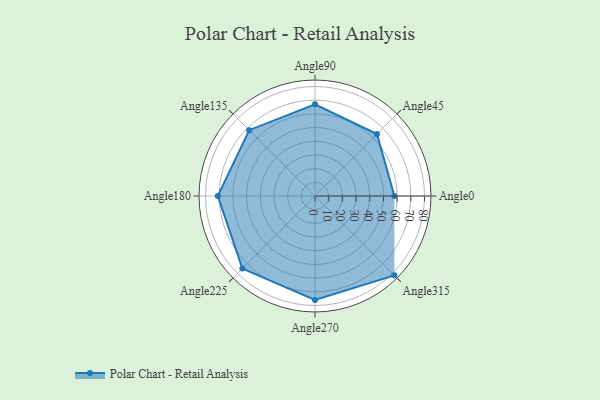
{"axis": {"x": "Angle", "y": "Radius"}, "legend": [""], "data": [{"x": "Angle0", "y": 58.0, "type": ""}, {"x": "Angle45", "y": 64.0, "type": ""}, {"x": "Angle90", "y": 67.0, "type": ""}, {"x": "Angle135", "y": 68.0, "type": ""}, {"x": "Angle180", "y": 71.0, "type": ""}, {"x": "Angle225", "y": 75.0, "type": ""}, {"x": "Angle270", "y": 76.0, "type": ""}, {"x": "Angle315", "y": 82.0, "type": ""}]}